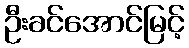
ဦးခင်အောင်မြင့်